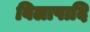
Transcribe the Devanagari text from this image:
विलापादि